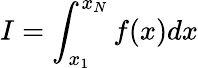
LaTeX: I=\int_{x_{1}}^{x_{N}}f(x)dx